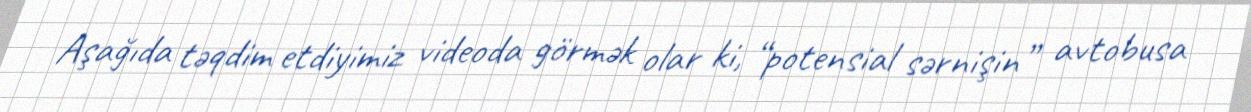
Aşağıda təqdim etdiyimiz videoda görmək olar ki, “potensial sərnişin” avtobusa